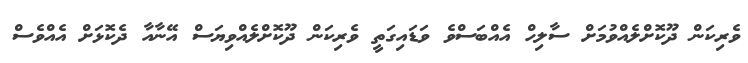
ވެރިކަން ދޫކޮށްލެއްވުމަށް ސާލިހް އެއްބަސްވެ ވަޑައިގަތީ ވެރިކަން ދޫކޮށްލެއްވިޔަސް އޭނާއާ ދެކޮޅަށް އެއްވެސް